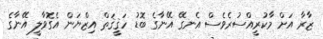
ޒާރާ އަށް މާކުރީއްސުރެވެސް އެނގޭ އޭނާގެ ބޮޑު ހަޤީޤަތް އިޒްޔަން އެގޮވާލީ އޭނާގެ